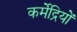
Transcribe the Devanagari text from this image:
कर्मेद्रियों